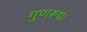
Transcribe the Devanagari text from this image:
गुणरूप।